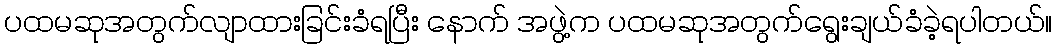
ပထမဆုအတွက်လျာထားခြင်းခံရပြီး နောက် အဖွဲ့က ပထမဆုအတွက်ရွေးချယ်ခံခဲ့ရပါတယ်။